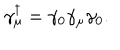
LaTeX: \gamma _ { \mu } ^ { \dagger } = \gamma _ { 0 } \gamma _ { \mu } \gamma _ { 0 } .